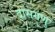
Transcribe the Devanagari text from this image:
दासगणु